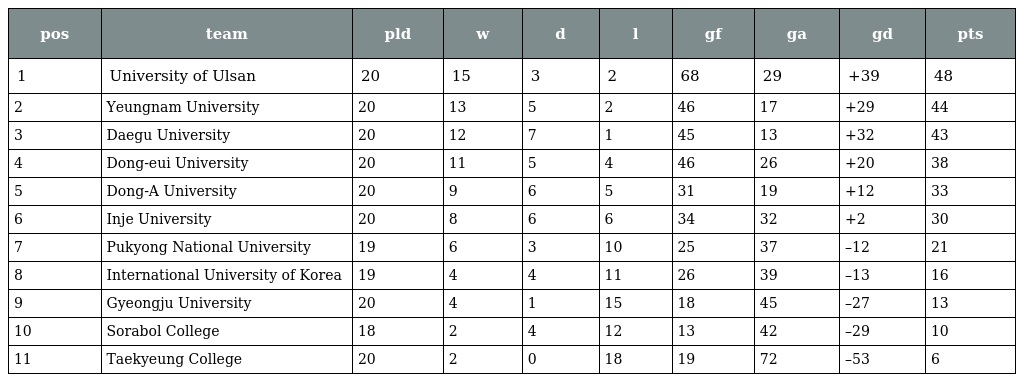
| pos | team | pld | w | d | l | gf | ga | gd | pts |
 | --- | --- | --- | --- | --- | --- | --- | --- | --- | --- |
 | 1 | University of Ulsan | 20 | 15 | 3 | 2 | 68 | 29 | +39 | 48 |
 | 2 | Yeungnam University | 20 | 13 | 5 | 2 | 46 | 17 | +29 | 44 |
 | 3 | Daegu University | 20 | 12 | 7 | 1 | 45 | 13 | +32 | 43 |
 | 4 | Dong-eui University | 20 | 11 | 5 | 4 | 46 | 26 | +20 | 38 |
 | 5 | Dong-A University | 20 | 9 | 6 | 5 | 31 | 19 | +12 | 33 |
 | 6 | Inje University | 20 | 8 | 6 | 6 | 34 | 32 | +2 | 30 |
 | 7 | Pukyong National University | 19 | 6 | 3 | 10 | 25 | 37 | –12 | 21 |
 | 8 | International University of Korea | 19 | 4 | 4 | 11 | 26 | 39 | –13 | 16 |
 | 9 | Gyeongju University | 20 | 4 | 1 | 15 | 18 | 45 | –27 | 13 |
 | 10 | Sorabol College | 18 | 2 | 4 | 12 | 13 | 42 | –29 | 10 |
 | 11 | Taekyeung College | 20 | 2 | 0 | 18 | 19 | 72 | –53 | 6 |